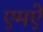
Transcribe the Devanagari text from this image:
एमऐ